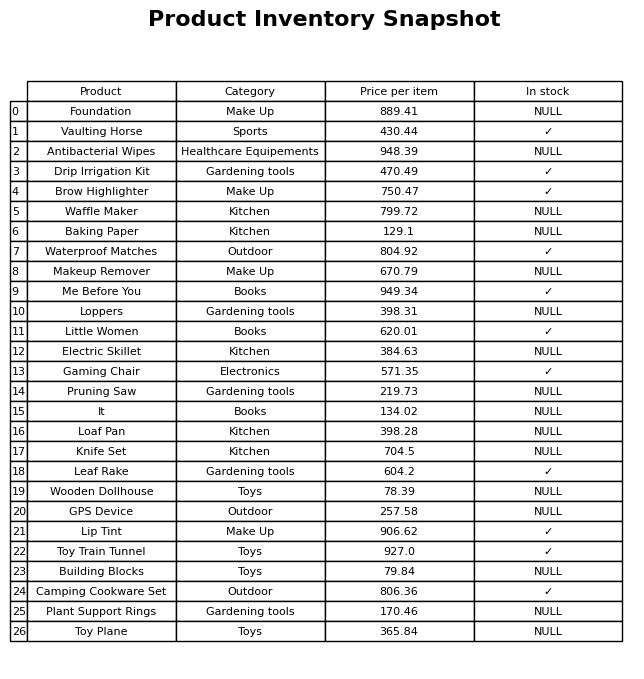
question: What is the price of the Wooden Dollhouse?
answer: The price of Wooden Dollhouse is 78.39.